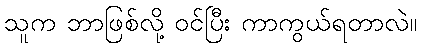
သူက ဘာဖြစ်လို့ ဝင်ပြီး ကာကွယ်ရတာလဲ။